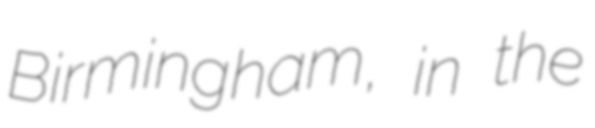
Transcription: Birmingham, in the